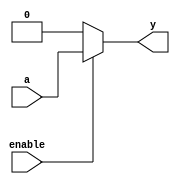
module bufif0_gate(input a, input enable, output y);
  assign y = enable ? a : 0;
endmodule